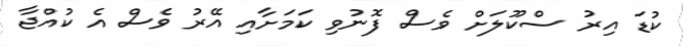
ކުޑަ އިރު ސްކޫލަށް ވެސް ފޮނުވި ކަމަށާއި އޭރު ވެސް އެ ކުއްޖާ